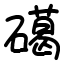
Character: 礍